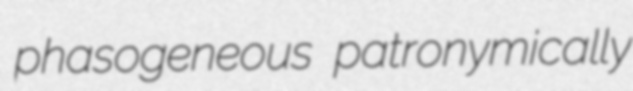
phasogeneous patronymically